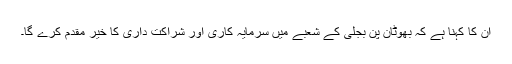
ان کا کہنا ہے کہ بھوٹان پن بجلی کے شعبے میں سرمایہ کاری اور شراکت داری کا خیر مقدم کرے گا۔